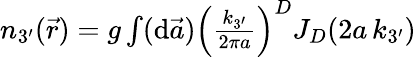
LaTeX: \begin{array}{r}{n_{3^{\prime}}(\vec{r})=g\int(\mathrm{d}\vec{a})\left(\frac{k_{3^{\prime}}}{2\pi a}\right)^{D}J_{D}(2a\, k_{3^{\prime}})}\end{array}